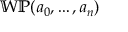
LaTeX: \mathbb { W P } ( a _ { 0 } , \ldots , a _ { n } )